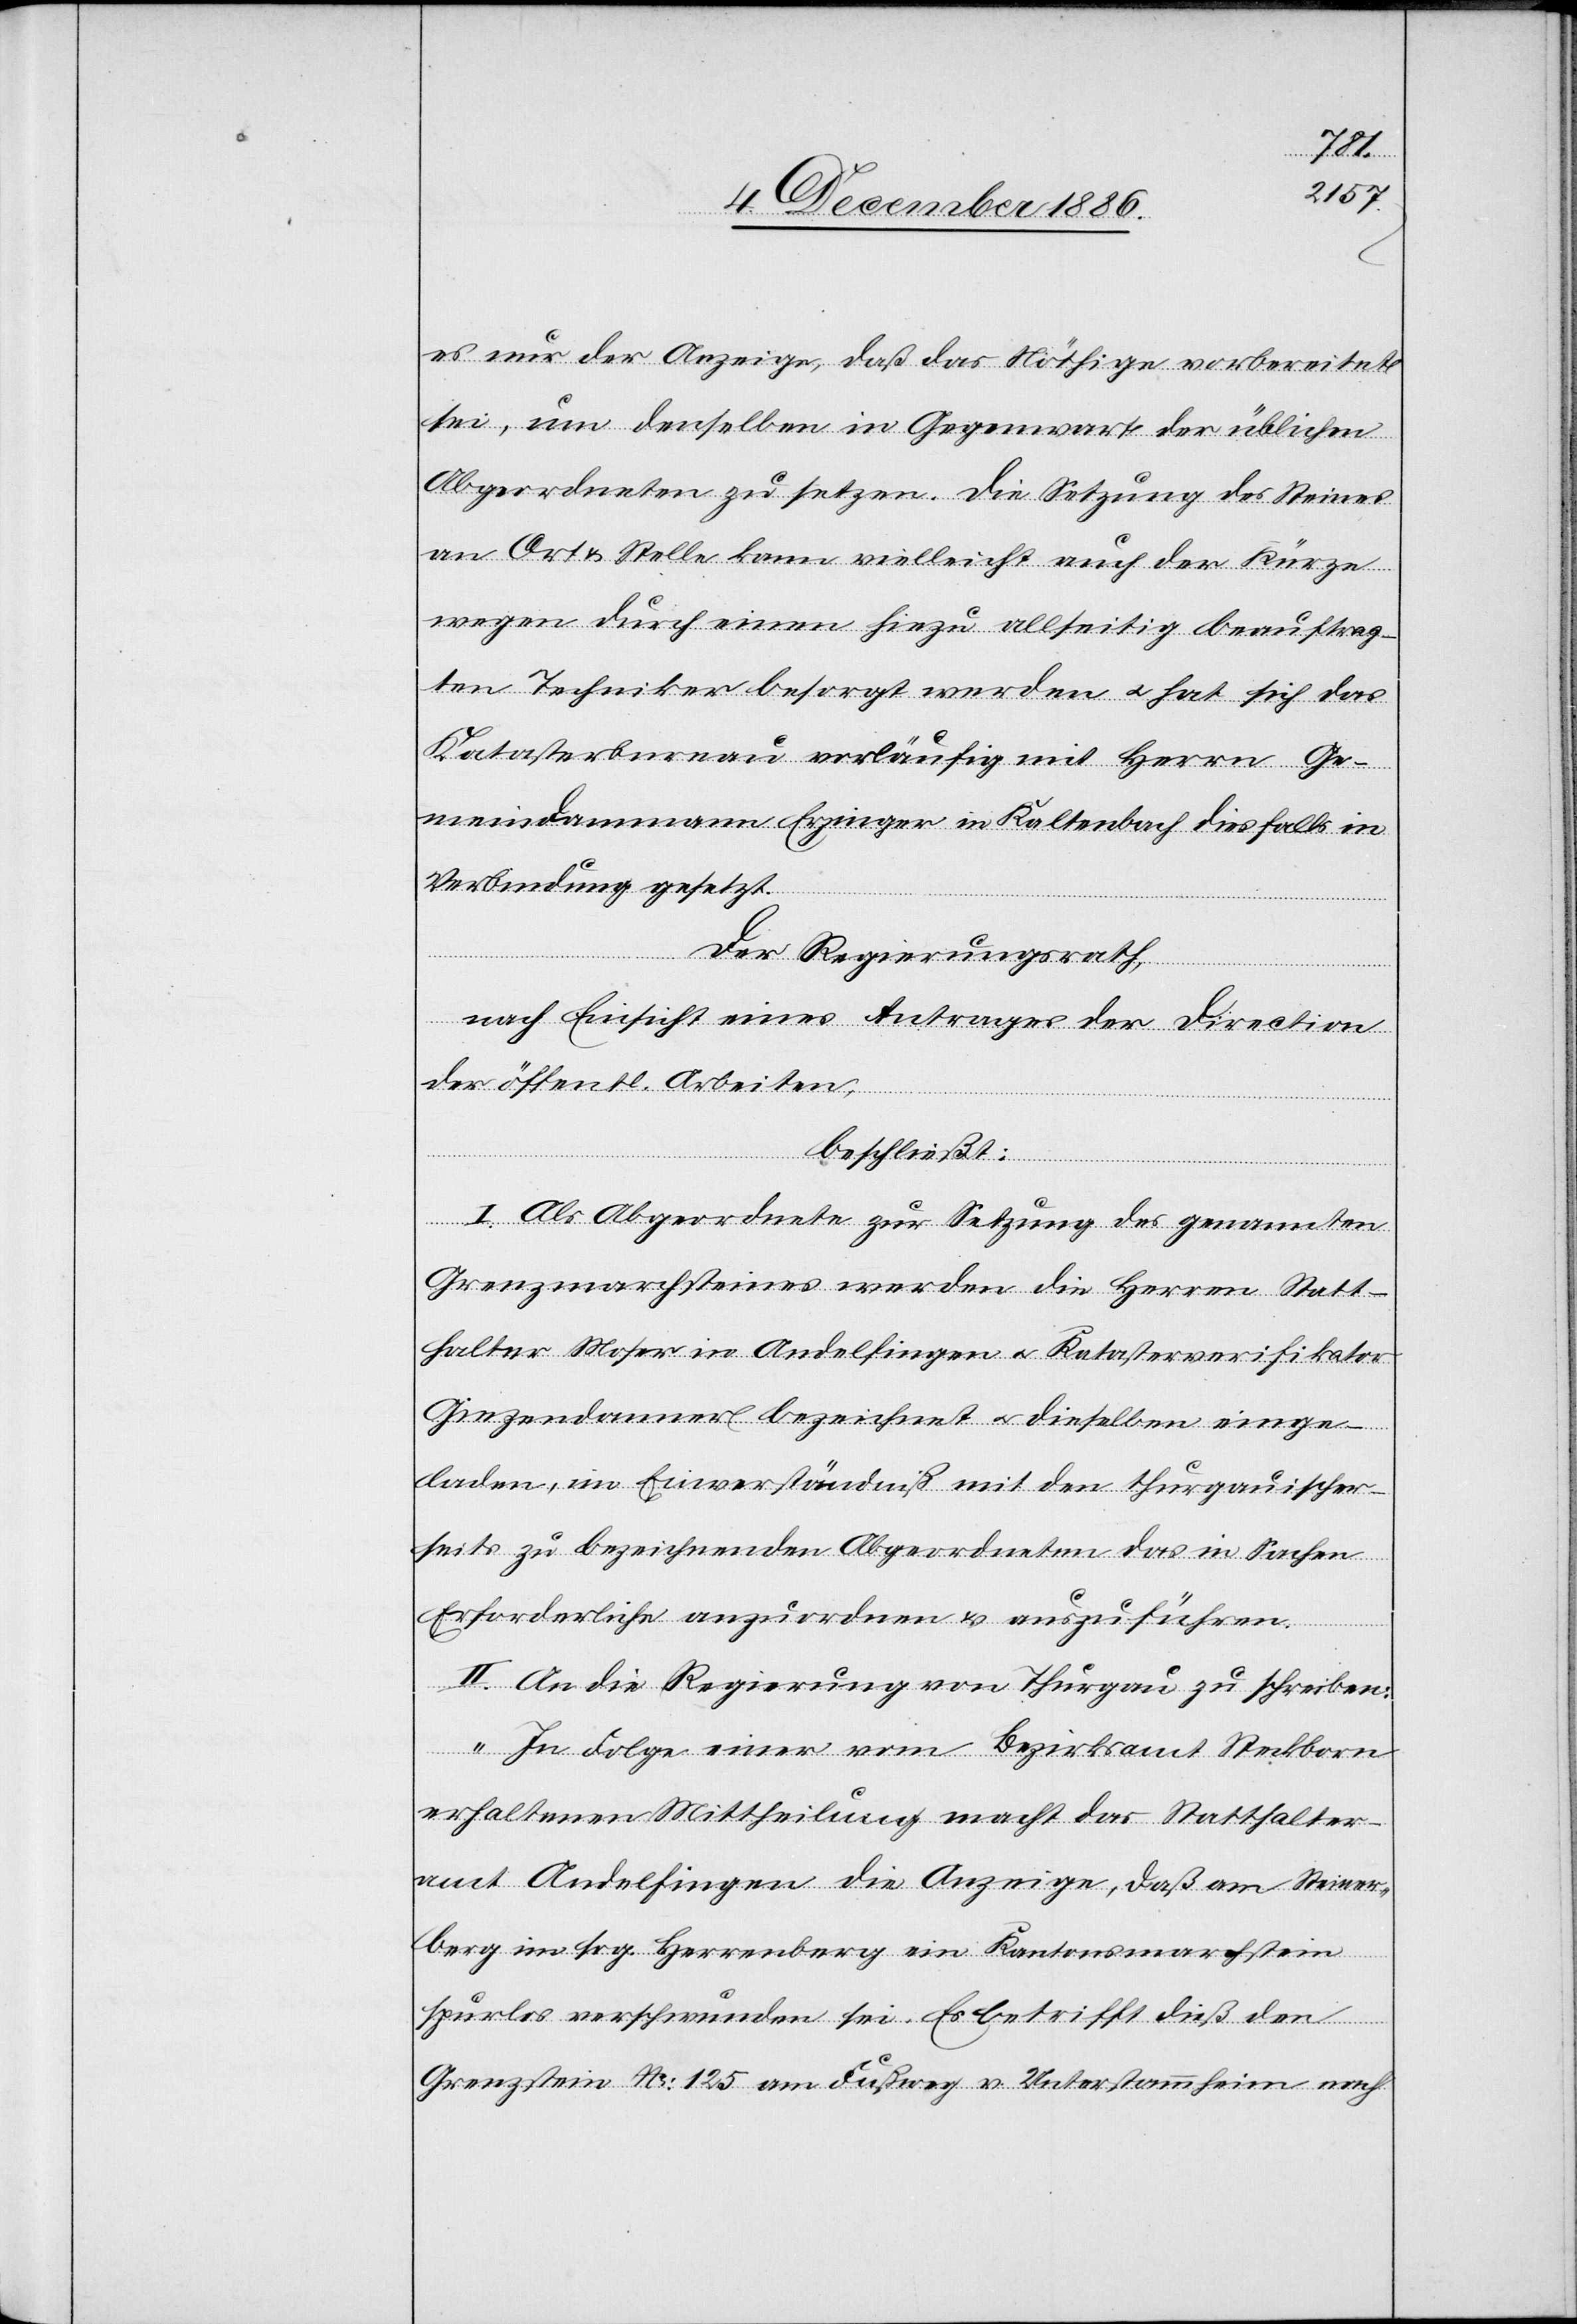
es nur der Anzeige, daß das Nöthige vorbereitet
sei, um denselben in Gegenwart der üblichen
Abgeordneten zu setzen. Die Setzung des Steines
an Ort & Stelle kann vielleicht auch der Kürze
wegen durch einen hiezu allseitig beauftrag¬
ten Techniker besorgt werden & hat sich das
Katasterbureau vorläufig mit Herrn Ge¬
meindammann Erzinger in Kaltenbach diesfalls in
Verbindung gesetzt.
Der Regierungsrath,
nach Einsicht eines Antrages der Direction
der öffentl. Arbeiten,
beschließt:
I. Als Abgeordnete zur Setzung des genannten
Grenzmarchsteines werden die Herren Statt¬
halter Moser in Andelfingen & Katasterverifikator
Giezendanner bezeichnet & dieselben einge¬
laden, im Einverständniß mit den thurgauischer¬
seits zu bezeichnenden Abgeordneten das in Sachen
Erforderliche anzuordnen & auszuführen.
II. An die Regierung von Thurgau zu schreiben:
„In Folge einer vom Bezirksamt Steckborn
erhaltenen Mittheilung macht das Statthalter¬
amt Andelfingen die Anzeige, daß am Steiner¬
berg im sog. Herrenberg ein Kantonsmarchstein
spurlos verschwunden sei. Es betrifft dieß den
Grenzstein No: 125 am Fußweg v. Unterstammheim nach